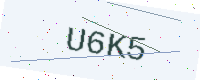
Text: U6K5